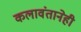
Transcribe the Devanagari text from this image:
कलावंतानेही